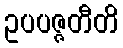
ဥပပဇ္ဇတီတိ